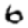
Digit: 6